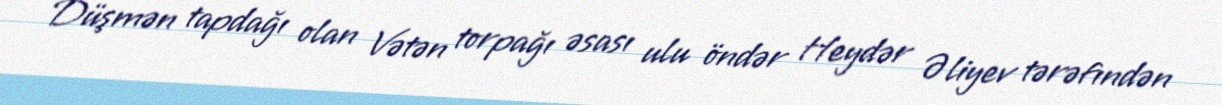
Düşmən tapdağı olan Vətən torpağı əsası ulu öndər Heydər Əliyev tərəfındən